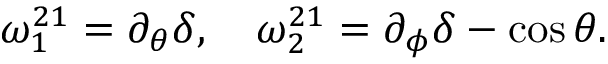
\omega _ { 1 } ^ { 2 1 } = \partial _ { \theta } \delta , ~ ~ ~ \omega _ { 2 } ^ { 2 1 } = \partial _ { \phi } \delta - \cos \theta .